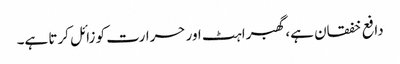
دافع خفقان ہے، گھبراہٹ اور حرارت کو زائل کرتا ہے۔